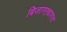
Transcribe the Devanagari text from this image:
बिजागऱ्यागत